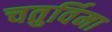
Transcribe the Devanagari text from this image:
चतुर्विमा